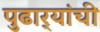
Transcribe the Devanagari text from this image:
पुढार्‍यांची